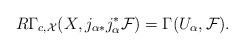
LaTeX: \begin{align*} R\Gamma_{c,\mathcal{X}}(X,j_{\alpha*}j_\alpha^*\mathcal{F})=\Gamma(U_\alpha,\mathcal{F}). \end{align*}